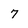
Character: 7